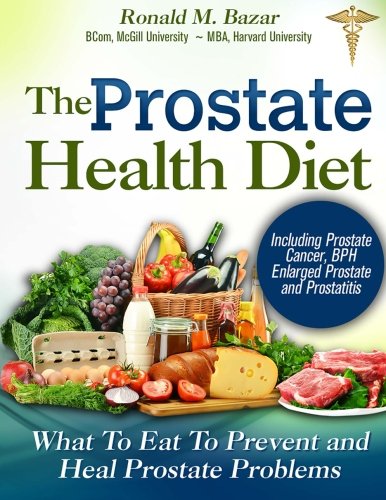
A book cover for The Prostate Health Diet: What to Eat to Prevent and Heal Prostate Problems Including Prostate Cancer, BPH Enlarged Prostate and Prostatitis; Ronald M Bazar; Health, Fitness & Dieting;